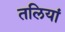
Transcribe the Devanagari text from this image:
तलियां